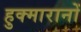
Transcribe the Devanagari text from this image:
हुक्मारानों